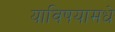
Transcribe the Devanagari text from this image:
याविषयामधे